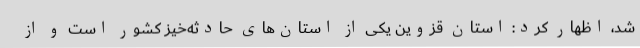
شد، اظهار کرد: استان قزوین یکی از استان‌های حادثه‌خیز کشور است و از